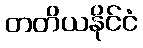
တတိယနိုင်ငံ